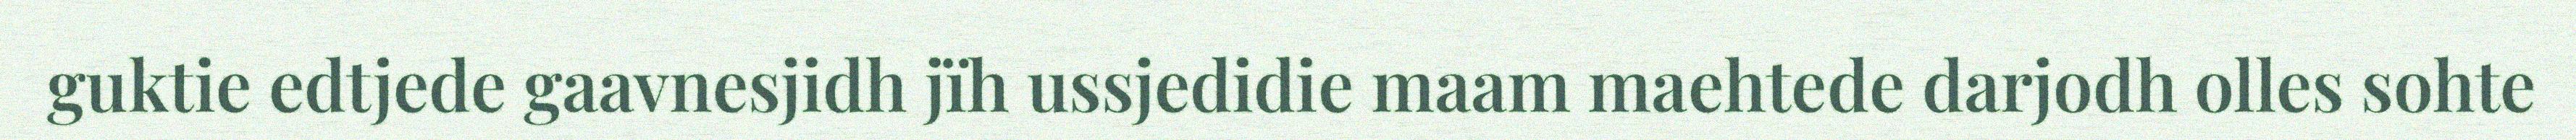
guktie edtjede gaavnesjidh jïh ussjedidie maam maehtede darjodh olles sohte